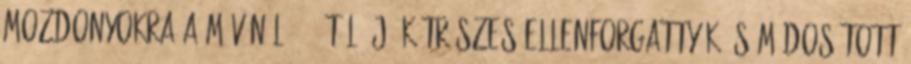
mozdonyokra a MÁV-nál 1947-től új, kétrészes ellenforgattyúk és módosított